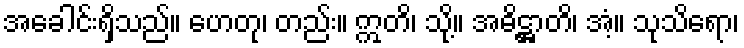
အခေါင်းရှိသည်။ ဟေတု၊ တည်း။ ဣတိ၊ သို့။ အဓိဋ္ဌာတိ၊ အံ့။ သုသိရော၊